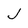
Character: J